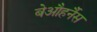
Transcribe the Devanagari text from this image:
बेऔहर्नैस